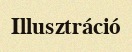
Illusztráció